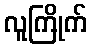
လူကြိုက်